Civil Veterinary Department Bihar reports 1940-50 - 1940-1950
Year: 1940
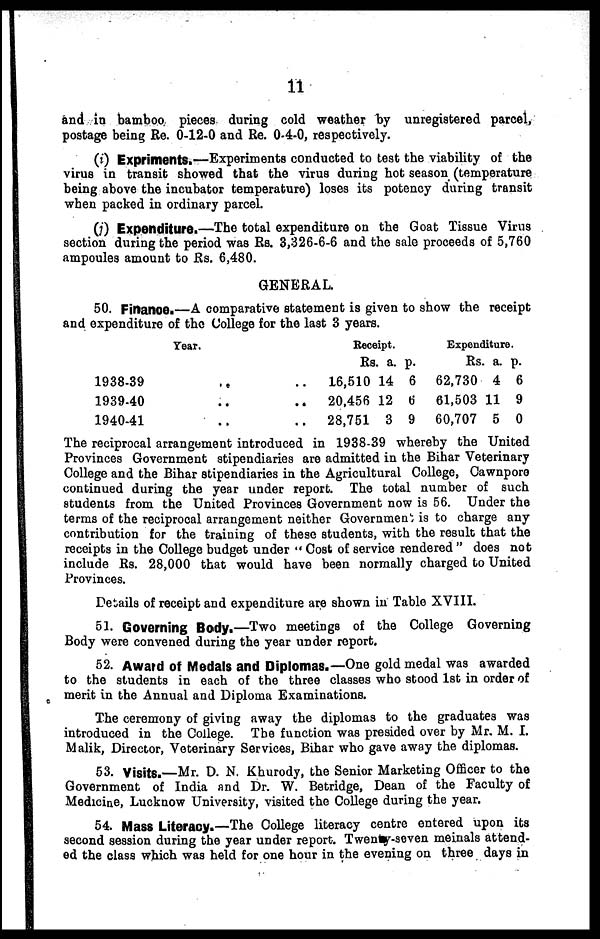
11
and in bamboo pieces during cold weather by unregistered parcel,
postage being Re. 0-12-0 and Re. 0-4-0, respectively.
(i) Expriments.—Experiments conducted to test the viability of the
virus in transit showed that the virus during hot season (temperature
being above the incubator temperature) loses its potency during transit
when packed in ordinary parcel.
(j) Expenditure.—Tho total expenditure on the Goat Tissue Virus
section during the period was Rs. 3,326-6-6 and the sale proceeds of 5,760
ampoules amount to Rs. 6,480.
GENERAL.
50. Finance.—A comparative statement is given to show the receipt
and expenditure of the College for the last 3 years.
Year.
1938-39
1939-40
1940-41
..
..
..
..
..
..
Receipt.
Rs. a. p.
16,510 14 6
20,456 12 6
28,751 3 9
Expenditure.
Rs. a. p.
62,730 4 6
61,503 11 9
60,707 5 0
The reciprocal arrangement introduced in 1938-39 whereby the United
Provinces Government stipendiaries are admitted in the Bihar Veterinary
College and the Bihar stipendiaries in the Agricultural College, Cawnpore
continued during the year under report. The total number of such
students from the United Provinces Government now is 56. Under the
terms of the reciprocal arrangement neither Government is to charge any
contribution for the training of these students, with the result that the
receipts in the College budget under " Cost of service rendered " does not
include Rs. 28,000 that would have been normally charged to United
Provinces.
Details of receipt and expenditure are shown in Table XVIII.
51. Governing Body.—Two meetings of the College Governing
Body were convened during the year under report.
52. Award of Medals and Diplomas.—One gold medal was awarded
to the students in each of the three classes who stood 1st in order of
merit in the Annual and Diploma Examinations.
The ceremony of giving away the diplomas to the graduates was
introduced in the College. The function was presided over by Mr. M. I.
Malik, Director, Veterinary Services, Bihar who gave away the diplomas.
53. Visits.—Mr. D. N. Khurody, the Senior Marketing Officer to the
Government of India and Dr. W. Betridge, Dean of the Faculty of
Medicine, Lucknow University, visited the College during the year.
54. Mass Literacy.—The College literacy centre entered upon its
second session during the year under report. Twenty-seven meinals attend-
ed the class which was held for one hour in the evening on three days in